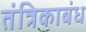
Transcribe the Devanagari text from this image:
तंत्रिकाबंध